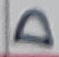
Text: D